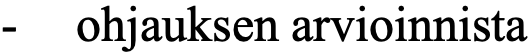
-  ohjauksen arvioinnista